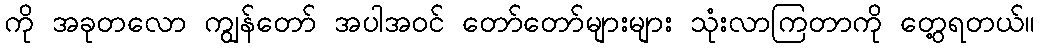
ကို အခုတလော ကျွန်တော် အပါအဝင် တော်တော်များများ သုံးလာကြတာကို တွေ့ရတယ်။